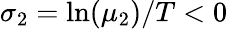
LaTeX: \sigma_{2}=\ln({\mu_{2}})/T<0